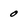
Character: 0